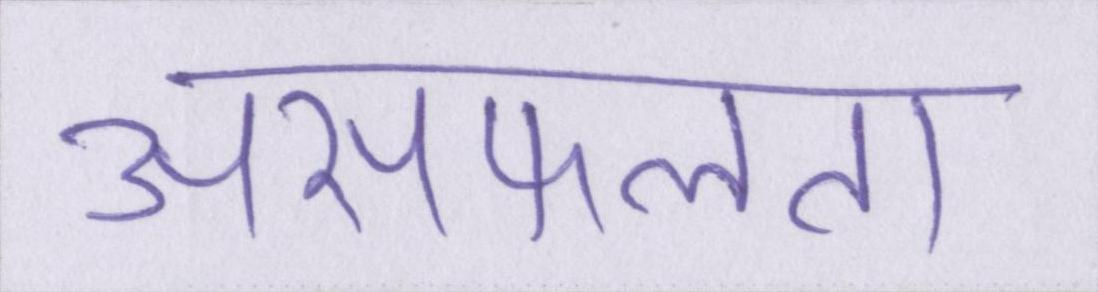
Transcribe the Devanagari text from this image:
असफलता